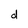
Character: d